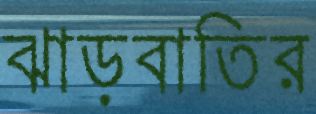
ঝাড়বাতির